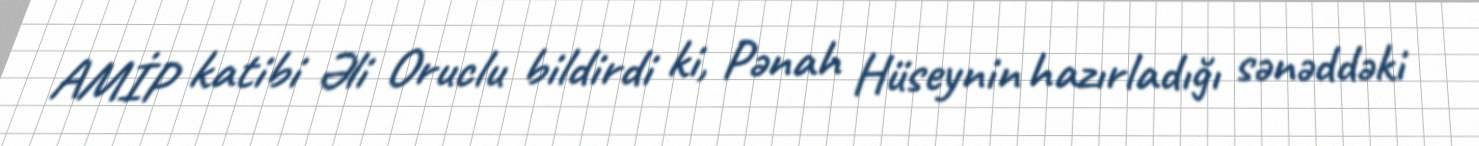
AMİP katibi Əli Oruclu bildirdi ki, Pənah Hüseynin hazırladığı sənəddəki